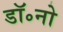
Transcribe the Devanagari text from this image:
डॉ॰नो